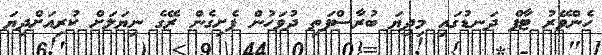
ހެންވޭރު ޓާފް ދަނޑުގައި މިދިޔަ ބުރާސްފަތި ދުވަހުން ފެށިގެން ރޭގެ ނިޔަލަށް ކުރިއަށްދިޔަ